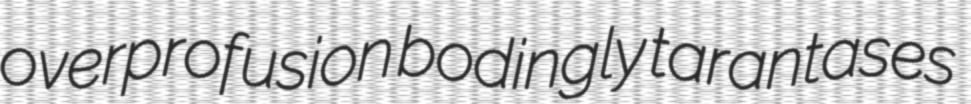
overprofusion bodingly tarantases